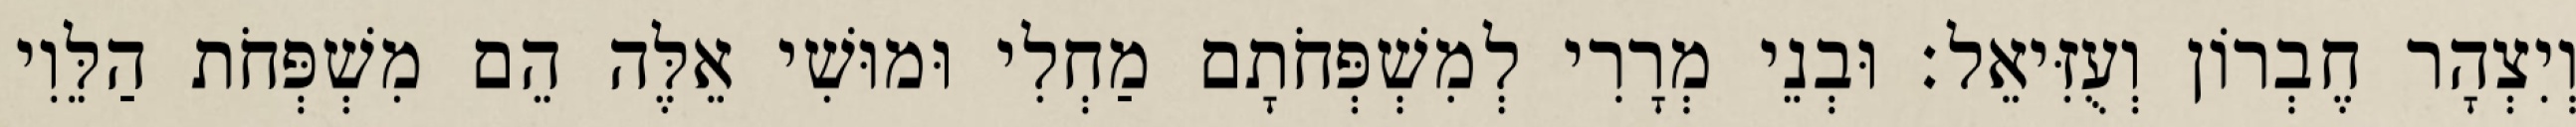
וְיִצְהָר חֶבְרוֹן וְעֻזִּיאֵל׃ וּבְנֵי מְרָרִי לְמִשְׁפְּחֹתָם מַחְלִי וּמוּשִׁי אֵלֶּה הֵם מִשְׁפְּחֹת הַלֵּוִי